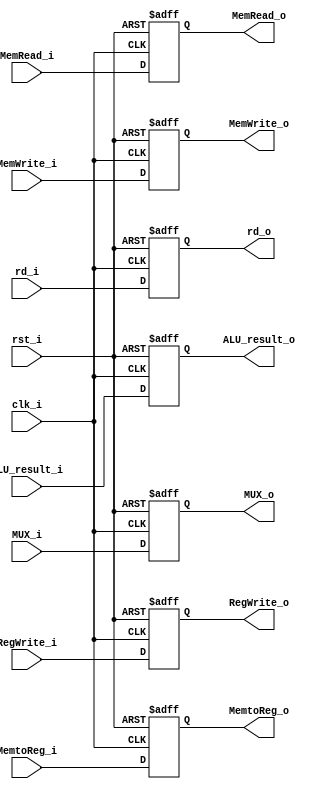
module EX_MEM
(
    clk_i,
    rst_i,
    RegWrite_i,
    MemtoReg_i,
    MemRead_i,
    MemWrite_i,
    ALU_result_i,
    MUX_i,
    rd_i,

    RegWrite_o,
    MemtoReg_o,
    MemRead_o,
    MemWrite_o,
    ALU_result_o,
    MUX_o,
    rd_o

);

input clk_i, rst_i, RegWrite_i, MemtoReg_i, MemRead_i, MemWrite_i;
input [31:0] ALU_result_i, MUX_i;
input [4:0] rd_i;
output reg RegWrite_o, MemtoReg_o, MemRead_o, MemWrite_o;
output reg [31:0] ALU_result_o, MUX_o;
output reg [4:0] rd_o;

always @(posedge clk_i or negedge rst_i) begin
    if (~rst_i) begin
        RegWrite_o <= 1'b0;
        MemtoReg_o <= 1'b0;
        MemRead_o <= 1'b0;
        MemWrite_o <= 1'b0;
        ALU_result_o <= 32'b0;
        MUX_o <= 32'b0;
        rd_o <= 5'b0;
    end
    else begin
        RegWrite_o <= RegWrite_i;
        MemtoReg_o <= MemtoReg_i;
        MemRead_o <= MemRead_i;
        MemWrite_o <= MemWrite_i;
        ALU_result_o <= ALU_result_i;
        MUX_o <= MUX_i;
        rd_o <= rd_i;
    end
end


endmodule